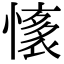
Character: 𢡏